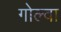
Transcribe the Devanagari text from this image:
गोल्वा